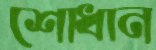
শোধান